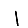
Digit: 1